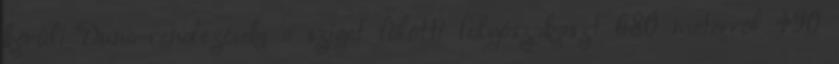
körüli Duna-rendezések: a sziget fölötti folyószakaszt 680 méterrõl 490